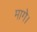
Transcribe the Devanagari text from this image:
मागे।